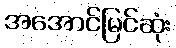
အအောင်မြင်ဆုံး